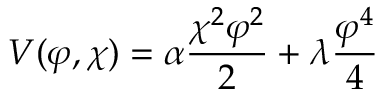
V ( \varphi , \chi ) = \alpha \frac { \chi ^ { 2 } \varphi ^ { 2 } } { 2 } + \lambda \frac { \varphi ^ { 4 } } { 4 }